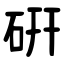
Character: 硏